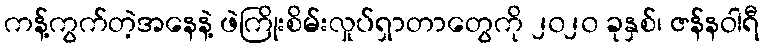
ကန့်ကွက်တဲ့အနေနဲ့ ဖဲကြိုးစိမ်းလှုပ်ရှာတာတွေကို ၂၀၂၀ ခုနှစ်၊ ဇန်နဝါရီ